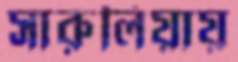
সারুলিয়ায়